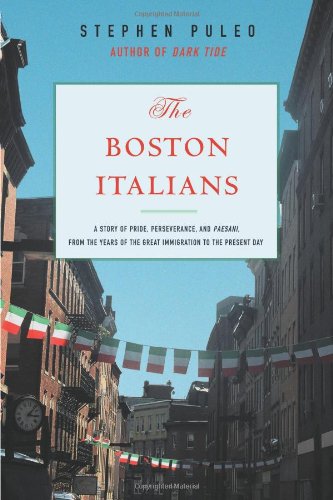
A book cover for The Boston Italians: A Story of Pride, Perseverance, and Paesani, from the Years of the Great Immigration to the Present Day; Steve Puleo; History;